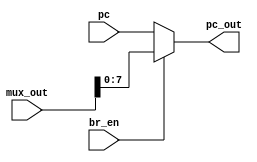
`timescale 1ns / 1ps
//////////////////////////////////////////////////////////////////////////////////
// Company: 
// Engineer: 
// 
// Design Name: 
// Module Name: Pc_mux
// Project Name: 
// Target Devices: 
// Tool Versions: 
// Description: 
// 
// Dependencies: 
// 
// Revision:
// Revision 0.01 - File Created
// Additional Comments:
// 
//////////////////////////////////////////////////////////////////////////////////


module Pc_mux(
input [7:0]pc,
input [31:0]mux_out,
input br_en, 
output reg [7:0]pc_out
    );

always @ (*)begin 
    if(br_en)begin 
        pc_out <= mux_out; 
    end
    else begin 
        pc_out <= pc; 
    end
end    

    
endmodule